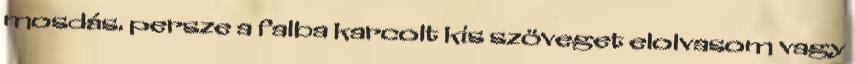
mosdás. persze a falba karcolt kis szöveget elolvasom vagy